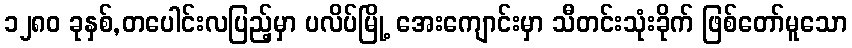
၁၂၈၀ ခုနှစ်,တပေါင်းလပြည့်မှာ ပလိပ်မြို့ အေးကျောင်းမှာ သီတင်းသုံးခိုက် ဖြစ်တော်မူသော